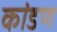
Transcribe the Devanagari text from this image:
कांडण